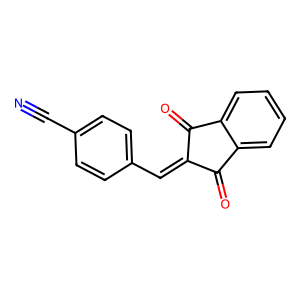
SMILES: N#Cc1ccc(C=C2C(=O)c3ccccc3C2=O)cc1
Inhibits HIV replication: No